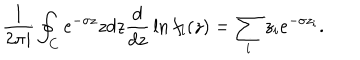
{ \frac { 1 } { 2 \pi i } } \oint _ { C } e ^ { - \sigma z } z d z { \frac { d } { d z } } \ln f _ { l } ( z ) = \sum _ { i } z _ { i } e ^ { - \sigma z _ { i } } .